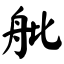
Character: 舭